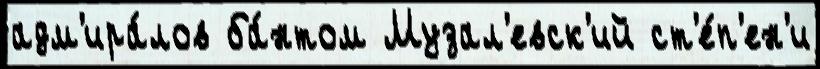
адм'ира́лов ба́нтом Музал'евск'ий ст'е́п'ен'и